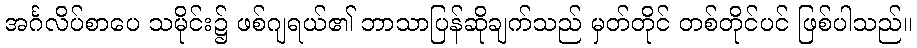
အင်္ဂလိပ်စာပေ သမိုင်း၌ ဖစ်ဂျရယ်၏ ဘာသာပြန်ဆိုချက်သည် မှတ်တိုင် တစ်တိုင်ပင် ဖြစ်ပါသည်။